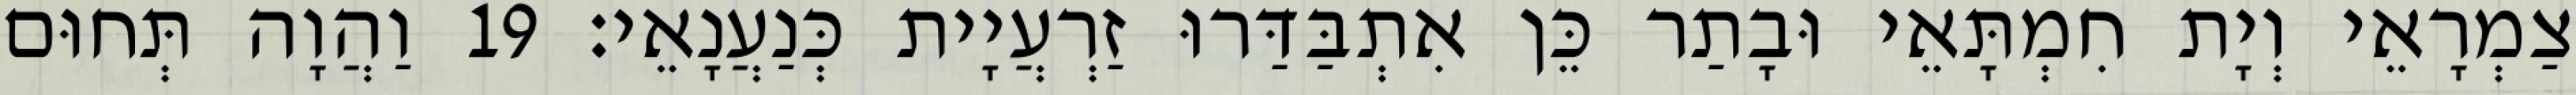
צַמְרָאֵי וְיָת חִמְתָּאֵי וּבָתַר כֵּן אִתְבַּדַּרוּ זַרְעֲיָית כְּנַעֲנָאֵי׃ 19 וַהֲוָה תְּחוּם